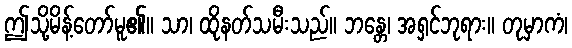
ဤသို့မိန့်တော်မူ၏။ သာ၊ ထိုနတ်သမီးသည်။ ဘန္တေ၊ အရှင်ဘုရား။ တုမှာကံ၊